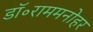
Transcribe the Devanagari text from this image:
डॉ॰राममनोहर